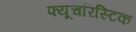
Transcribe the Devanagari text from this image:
फ्यूचरिस्टिक